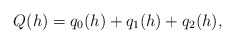
\begin{align*}Q(h)=q_0(h)+q_1(h)+q_2(h),\end{align*}